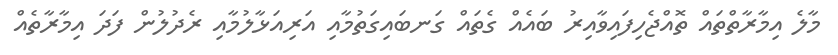
މާލެ އިމާރާތްތައް ތޮއްޖެހިފައިވާއިރު ބައެއް ގެތައް ގަނބައިގަތުމާއި އަރިއަޅާލުމާއި ރެދުލުން ފަދަ އިމާރާތެއް